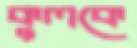
কুলকে